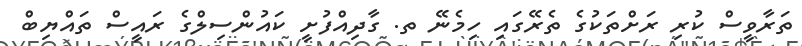
ތަރާވީސް ކުރި ރަށްތަކުގެ ތެރޭގައި ހިމެނޭ ތ. ގާދިއްފުށީ ކައުންސިލްގެ ރައީސް ތައްޔިބް